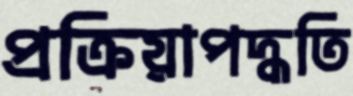
প্রক্রিয়াপদ্ধতি